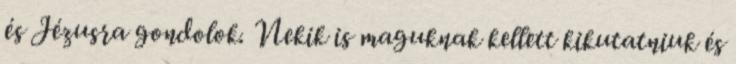
és Jézusra gondolok. Nekik is maguknak kellett kikutatniuk és